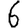
Digit: 6